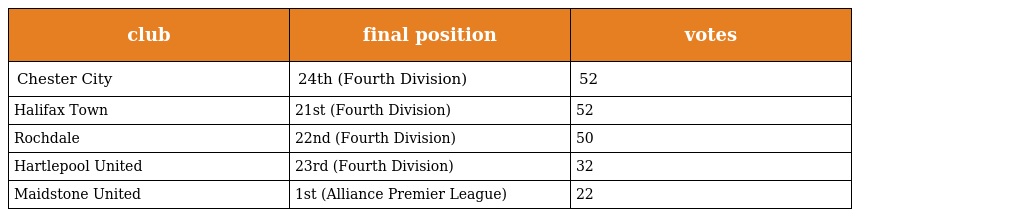
| club | final position | votes |
 | --- | --- | --- |
 | Chester City | 24th (Fourth Division) | 52 |
 | Halifax Town | 21st (Fourth Division) | 52 |
 | Rochdale | 22nd (Fourth Division) | 50 |
 | Hartlepool United | 23rd (Fourth Division) | 32 |
 | Maidstone United | 1st (Alliance Premier League) | 22 |